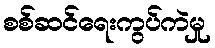
စစ်ဆင်ရေးကွပ်ကဲမှု